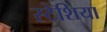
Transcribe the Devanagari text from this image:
स्टेशिया